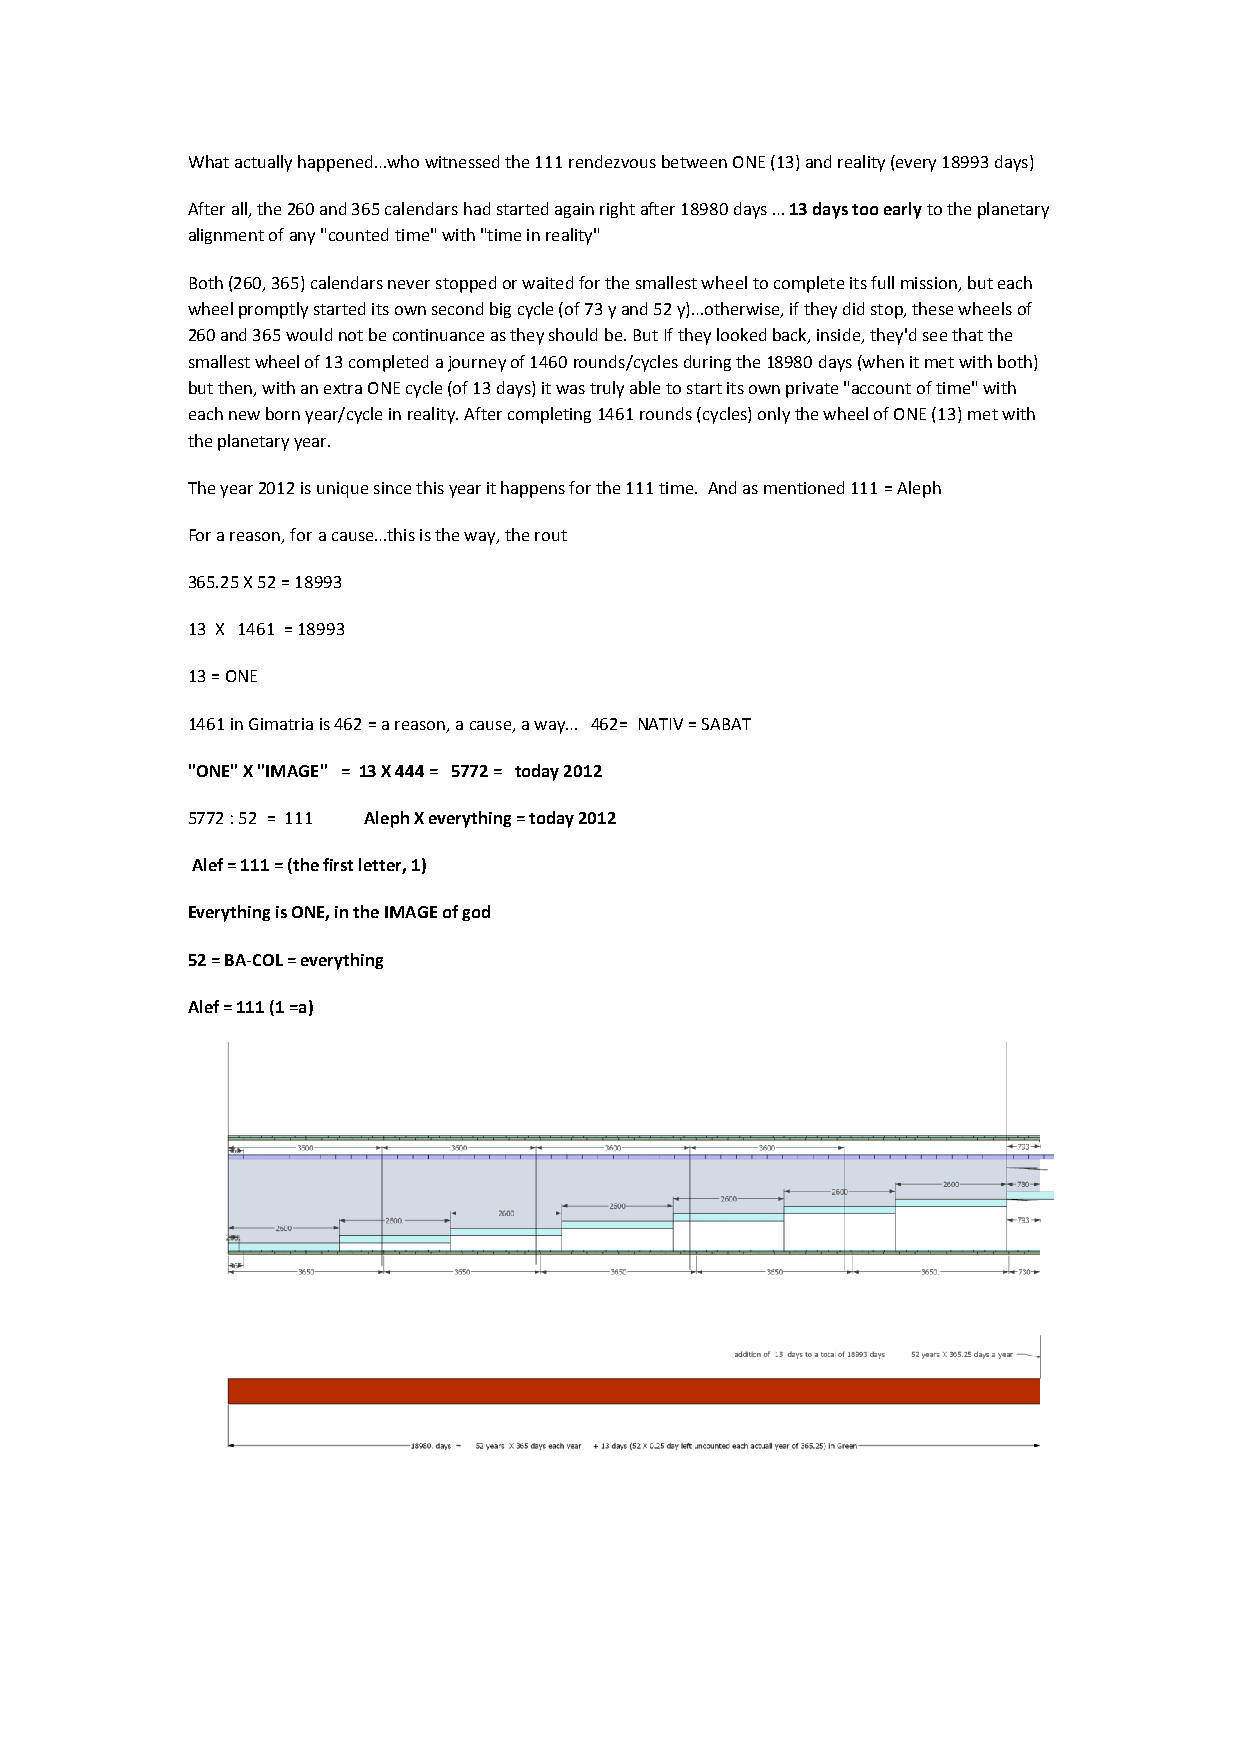
What actually happened…who witnessed the 111 rendezvous between ONE (13) and reality (every 18993 days)
 After all, the 260 and 365 calendars had started again right after 18980 days … 13 days too early to the planetary
 alignment of any "counted time" with "time in reality"
 Both (260, 365) calendars never stopped or waited for the smallest wheel to complete its full mission, but each
 wheel promptly started its own second big cycle (of 73 y and 52 y)…otherwise, if they did stop, these wheels of
 260 and 365 would not be continuance as they should be. But If they looked back, inside, they'd see that the
 smallest wheel of 13 completed a journey of 1460 rounds/cycles during the 18980 days (when it met with both)
 but then, with an extra ONE cycle (of 13 days) it was truly able to start its own private "account of time" with
 each new born year/cycle in reality. After completing 1461 rounds (cycles) only the wheel of ONE (13) met with
 the planetary year.
 The year 2012 is unique since this year it happens for the 111 time. And as mentioned 111 = Aleph
 For a reason, for a cause…this is the way, the rout
 365.25 X 52 = 18993
 13 X 1461 = 18993
 13 = ONE
 1461 in Gimatria is 462 = a reason, a cause, a way… 462= NATIV = SABAT
 "ONE" X "IMAGE" = 13 X 444 = 5772 = today 2012
 5772 : 52 = 111 Aleph X everything = today 2012
 Alef = 111 = (the first letter, 1)
 Everything is ONE, in the IMAGE of god
 52 = BA-COL = everything
 Alef = 111 (1 =a)